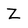
Character: Z